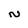
Character: N